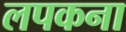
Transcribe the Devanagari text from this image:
लपकना